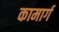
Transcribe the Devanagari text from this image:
कामार्ग